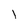
Character: l